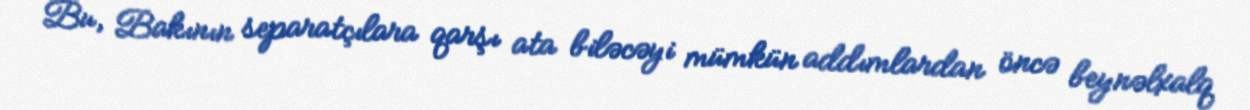
Bu, Bakının separatçılara qarşı ata biləcəyi mümkün addımlardan öncə beynəlxalq